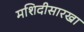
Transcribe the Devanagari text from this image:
मशिदीसारखा